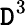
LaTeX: \mathtt{D}^{3}